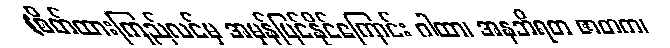
(စိတ်ထားကြည်လင်မှ အမှန်မြင်နိုင်ကြောင်း ဂါထာ၊ အနဘိရတ ဇာတက၊